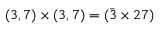
( 3 , 7 ) \times ( 3 , 7 ) = ( \bar { 3 } \times 2 7 )